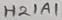
Text: H21A1